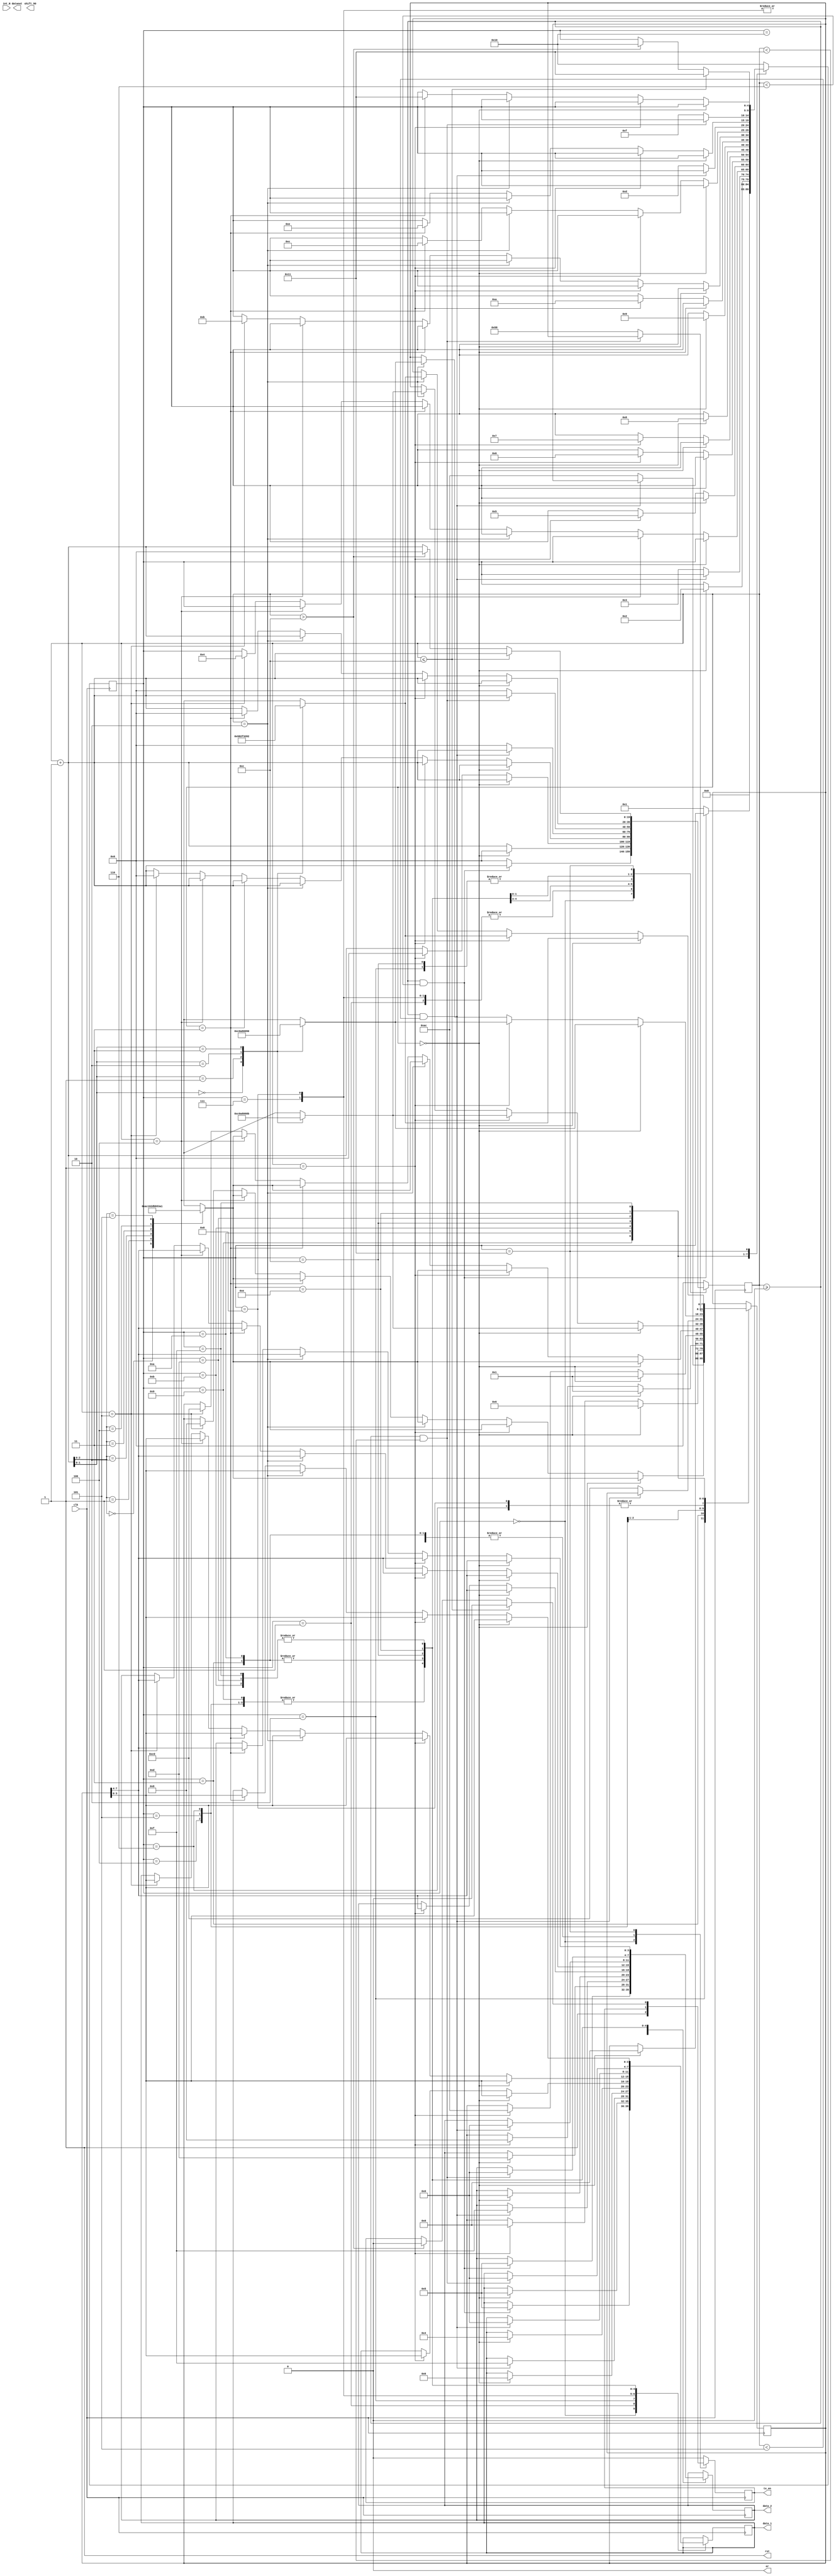
module ether(clk,int_N,rst,er,tx_en,dataout,shift_90,data_1,data_2);
  input clk;
  input int_N;
  output shift_90;
  output reg  rst=1;
  output reg er=0; 
  output reg [3:0]data_1,data_2;
  output tx_en;
  output [3:0]dataout;
 
  //memory
  reg [3:0] board_mac_add =4'hf;
  reg [7:0] src_mac_add [0:5];
  reg [3:0] des_mac_add =4'h0;
  reg [7:0] src_ip_add[0:3];
  reg [7:0] des_ip_add[0:3];
  reg [7:0] crc[0:3];
  //reg
  reg [7:0] bmreg;
  reg [3:0] pre_reg =4'b 0101;
  reg [7:0] sfd_reg =8'b 1101_0101;
  reg [15:0] frame_type=16'h0806;
  reg [15:0] hard_type=16'h0001;
  reg [15:0] protocol_type=16'h0800;
  reg [7:0] hard_len=8'h06;
  reg [7:0] ip_len=8'h04;
  reg [15:0] request=16'h0001;
  reg [3:0] padding_reg=4'b0;
  reg sender_en;
  reg [4:0]state;
  reg [19:0] cnt_add=0;
  wire tx_clk;

  
  parameter pre=5'b00000,sfd=5'b00001,des_add=5'b00010,src_add=5'b00011,frm_ty=5'b00100,ht=5'b00101,pt=5'b00110,
  hl=5'b00111,ipl=5'b01000, req=5'b01001,smac =5'b01010,sip=5'b01011,dmac=5'b01100,dip=5'b01101,padding=5'b01110,
  crc_type=5'b01111,en_clk=5'b 10000,en_cnt=5'b10001;
  
  assign tx_en=sender_en;
 
  
/*  abc a1(
	data_1,
	data_2,
	tx_clk,
	dataout);
	
	
	clk_pll a2 (
   clk,
	shift_90,
	tx_clk);
*/
  
  always @ (clk)
  begin
    
    src_mac_add[0]<=8'hac;
    src_mac_add[1]<=8'h16;
    src_mac_add[2]<=8'h2d;
    src_mac_add[3]<=8'hbb;
    src_mac_add[4]<=8'h53;
    src_mac_add[5]<=8'ha1;
    
    src_ip_add[0]<=8'd192;
    src_ip_add[1]<=8'd168;
    src_ip_add[2]<=8'd0;
    src_ip_add[3]<=8'd11;
    
    des_ip_add[0]<=8'd192;
    des_ip_add[1]<=8'd168;
    des_ip_add[2]<=8'd0;
    des_ip_add[3]<=8'd144;
    
       crc[0]<=8'h58;
       crc[1]<=8'h2F;
       crc[2]<=8'h32;
       crc[3]<=8'h82;
  end
  
        
         always @(posedge clk)
         
         begin
               cnt_add<=cnt_add+1;
             case (state)
           en_clk : begin
                       sender_en<=0;
                       cnt_add<=0;
                       state<=pre;
                       end
                  
             pre: begin 
                  sender_en<=1;
                if(cnt_add>=0 && cnt_add<6)
                  begin
                    data_1<=pre_reg[3:0];
                    data_2<=pre_reg[3:0]; 
                 end 
                else
                  begin
                    state<=sfd;
                    cnt_add<=0;
                end
                end 
             
             sfd: begin
               
               if(cnt_add==0)
                 begin
                 data_1<=sfd_reg[3:0];
                 data_2<=sfd_reg[7:4];
                    cnt_add<=0;
                    state<=des_add;
                 end
                 end
          des_add : begin
               
               if(cnt_add>=0 && cnt_add<5)
                 begin
                 data_1<=board_mac_add[3:0];
                 data_2<=board_mac_add[3:0];
                 end
               else
                 begin
                   cnt_add<=0;
                   bmreg<=src_mac_add[0];
                    state<= src_add;
                 end
              end
            src_add :begin
                if(cnt_add==0)
                  begin
                     data_1<=bmreg[3:0];
                     data_2<=bmreg[7:4];
                   bmreg<=src_mac_add[cnt_add+1];
                  end
                else if(cnt_add==1)
                  begin
                     data_1<=bmreg[3:0];
                     data_2<=bmreg[7:4];
                   bmreg<=src_mac_add[cnt_add+1];
                  end
                else if(cnt_add==2)
                  begin
                     data_1<=bmreg[3:0];
                     data_2<=bmreg[7:4];
                  bmreg<=src_mac_add[cnt_add+1];
                  end
                else if(cnt_add==3)
                  begin
                     data_1<=bmreg[3:0];
                     data_2=bmreg[7:4];
                  bmreg<=src_mac_add[cnt_add+1];
                  end
                else if(cnt_add==4)
                  begin
                     data_1<=bmreg[3:0];
                     data_2=bmreg[7:4];
                  bmreg<=src_mac_add[cnt_add+1];
                  end
                else if(cnt_add==5)
                  begin
                    data_1<=bmreg[3:0];
                    data_2<=bmreg[7:4];
                  bmreg<=frame_type[15:8];
                  cnt_add<=0;
                  state<=frm_ty;
                  end
                end
              frm_ty : begin
                if(cnt_add==0)
                  begin
                    data_1<=bmreg[3:0];
                    data_2<=bmreg[7:4];
                   bmreg<=frame_type[7:0];
                  end
                else if(cnt_add==1)
                  begin
                    data_1<=bmreg[3:0];
                    data_2<=bmreg[7:4];
                  cnt_add<=0;
                  bmreg<=hard_type[15:8];
                  state<=ht;
                  end
               end
                ht:begin
                  if(cnt_add==0)
                  begin
                     data_1<=bmreg[3:0];
                     data_2<=bmreg[7:4];
                   bmreg<=hard_type[7:0];
                  end
                else if(cnt_add==1)
                  begin
                     data_1<=bmreg[3:0];
                     data_2<=bmreg[7:4];
                  cnt_add<=0;
                  bmreg<=protocol_type[15:8];
                  state<=pt;
                  end
               end
               pt:begin
                 if(cnt_add==0)
                   begin
                     data_1<=bmreg[3:0];
                     data_2<=bmreg[7:4];
                    bmreg<=protocol_type[7:0];
                   end
                else if(cnt_add==1)
                  begin
                     data_1<=bmreg[3:0];
                     data_2<=bmreg[7:4];
                   cnt_add<=0;
                   state<=hl;
                  end
               end
                hl: begin
                   if(cnt_add==0)
                   begin
                     data_1<=hard_len[3:0];
                     data_2<=hard_len[7:4];
                    cnt_add<=0;
                    state<=ipl;
                    end
                    end
                ipl :begin
                   if(cnt_add==0)
                  begin
                     data_1<=ip_len[3:0];
                     data_2<=ip_len[7:4];
                    cnt_add<=0;
                    bmreg<=request[15:8];
                    state<=req;
                  end
                  end
                req : begin
                 if(cnt_add==0)
                   begin
                     data_1<=bmreg[3:0];
                     data_2<=bmreg[7:4];
                   bmreg<=request[7:0];
                  end
                else if(cnt_add==1)
                  begin
                     data_1<=bmreg[3:0];
                     data_2<=bmreg[7:4];
                  cnt_add<=0;
                  bmreg<=src_mac_add[0];
                  state<=smac;
                  end
                  end
               smac :begin
                if(cnt_add==0)
                  begin
                     data_1<=bmreg[3:0];
                     data_2<=bmreg[7:4];
                   bmreg<=src_mac_add[cnt_add+1];
                  end
                else if(cnt_add==1)
                  begin
                     data_1<=bmreg[3:0];
                     data_2<=bmreg[7:4];
                   bmreg<=src_mac_add[cnt_add+1];
                  end
                else if(cnt_add==2)
                  begin
                     data_1<=bmreg[3:0];
                     data_2<=bmreg[7:4];
                   bmreg<=src_mac_add[cnt_add+1];
                  end
                else if(cnt_add==3)
                  begin
                     data_1<=bmreg[3:0];
                     data_2<=bmreg[7:4];
                   bmreg<=src_mac_add[cnt_add+1];
                  end
                else if(cnt_add==4)
                  begin
                     data_1<=bmreg[3:0];
                     data_2<=bmreg[7:4];
                   bmreg<=src_mac_add[cnt_add+1];
                  end
                else if(cnt_add==5)
                  begin
                    data_1<=bmreg[3:0];
                    data_2<=bmreg[7:4];
                  bmreg<=src_ip_add[0];
                   cnt_add<=0;
                  state<=sip;
                  end
                end
                sip :begin
                if(cnt_add==0)
                  begin
                    data_1<=bmreg[3:0];
                    data_2<=bmreg[7:4];
                   bmreg<=src_ip_add[cnt_add+1];
                  end
                else if(cnt_add==1)
                  begin
                    data_1<=bmreg[3:0];
                    data_2<=bmreg[7:4];
                   bmreg<=src_ip_add[cnt_add+1];
                  end
                  else if(cnt_add==2)
                  begin
                    data_1<=bmreg[3:0];
                    data_2<=bmreg[7:4];
                   bmreg<=src_ip_add[cnt_add+1];
                  end
                 else if(cnt_add==3)
                 begin
                    data_1<=bmreg[3:0];
                    data_2<=bmreg[7:4];
                   cnt_add<=0;
                  state<=dmac;
                  end
                  end
             dmac :begin
               
                 if(cnt_add>=0 && cnt_add<5)
                  begin
                 data_1<=des_mac_add[3:0];
                 data_2<=des_mac_add[3:0];
                   end
                  else
                   begin
                   cnt_add<=0;
                   bmreg<=des_ip_add[0];
                  state<= dip ;
                 end
                 end
              dip : begin
                if(cnt_add==0)
                  begin
                    data_1<=bmreg[3:0];
                    data_2<=bmreg[7:4];
                   bmreg<=des_ip_add[cnt_add+1];
                  end
                else if(cnt_add==1)
                   begin
                    data_1<=bmreg[3:0];
							  data_2<=bmreg[7:4];
						 bmreg<=des_ip_add[cnt_add+1];
                  end
                else if(cnt_add==2)
                   begin
                    data_1<=bmreg[3:0];
                    data_2<=bmreg[7:4];
                   bmreg<=des_ip_add[cnt_add+1];
                  end
                 else if(cnt_add==3)
                  begin
                    data_1<=bmreg[3:0];
                    data_2<=bmreg[7:4];
                   cnt_add<=0;
                  state<=padding;
                  end
                  end 
              padding:begin
                if(cnt_add>=0 && cnt_add<17)
                  begin
                    data_1<=padding_reg[3:0];
                    data_2<=padding_reg[3:0];
                 end
                 
                 else
                 begin
                     state<= crc_type;
                       bmreg<= crc[0];
                     cnt_add<=0;
                  end
                  end 
              crc_type : begin
                if(cnt_add==0)
                  begin
                    data_1<=bmreg[3:0];
                    data_2<=bmreg[7:4];
                   bmreg<=crc[cnt_add+1];
                  end
                else  if(cnt_add==1)
                  begin
                    data_1<=bmreg[3:0];
                    data_2<=bmreg[7:4];
                   bmreg<=crc[cnt_add+1];
                  end
                  else  if(cnt_add==2)
                  begin
                    data_1<=bmreg[3:0];
                    data_2<=bmreg[7:4];
                   bmreg<=crc[cnt_add+1];
                  end
                 else if(cnt_add==3)
                  begin
                    data_1<=bmreg[3:0];
                    data_2<=bmreg[7:4];
                    cnt_add<=0;
                    state<=en_cnt;
                  end
                  end     
              en_cnt : begin
                     if(cnt_add <= 20'd12)
                       begin
                          sender_en<=0;
                          state<=en_cnt;
                       end
                     else if (cnt_add >20'd12)
                        begin
                           sender_en<=0;
                            cnt_add<=0;
                          state<=en_clk;
                       end                
                       end
                  default :
                  begin
                  cnt_add<=0;
                  sender_en<=0;
                  state<=en_clk;
                  end                
endcase
end
endmodule